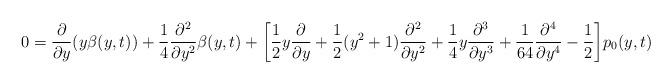
LaTeX: \begin{align*}0=\frac{\partial}{\partial y}(y\beta(y,t))+\frac{1}{4}\frac{\partial^{2}}{\partial y^{2}}\beta(y,t)+\biggl[\frac{1}{2}y\frac{\partial}{\partial y}+\frac{1}{2}(y^{2}+1)\frac{\partial^{2}}{\partial y^{2}}+\frac{1}{4} y\frac{\partial^{3}}{\partial y^{3}}+\frac{1}{64}\frac{\partial^{4}}{\partial y^{4}}-\frac{1}{2}\biggr]p_{0}(y,t)\end{align*}